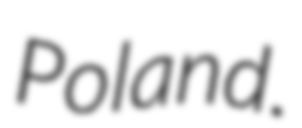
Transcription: Poland.